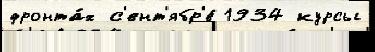
фронта́х с'ент'ябр'е́ 1934 курсы